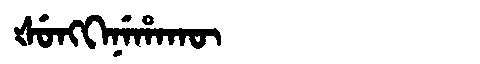
Manchu: ᡧᡠᠩᡴᡝᠨᡝᡥᠠᡴᡡ
Romanization: ŠUNGKENEHAKŪ